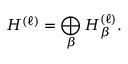
{ \cal H } ^ { ( \ell ) } = \bigoplus _ { \beta } { \cal H } _ { \beta } ^ { ( \ell ) } .